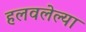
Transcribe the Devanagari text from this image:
हलवलेल्या